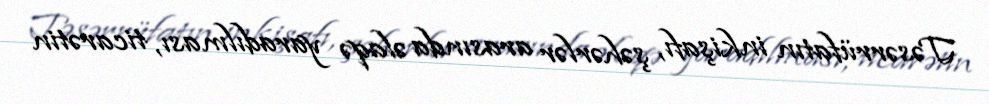
Təsərrüfatın inkişafı, şəhərlər arasında əlaqə yaradılması, ticarətin